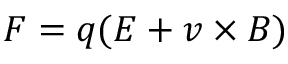
\boldsymbol { F } = q ( \boldsymbol { E } + \boldsymbol { v } \times \boldsymbol { B } )